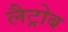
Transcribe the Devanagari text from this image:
लैट्रोब